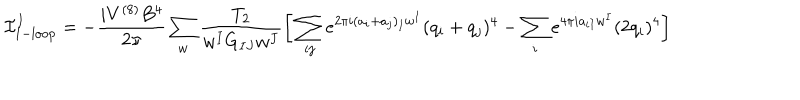
LaTeX: { \cal I } _ { \mathrm { 1 - l o o p } } ^ { I } = - \frac { i V ^ { ( 8 ) } B ^ { 4 } } { 2 \pi } \sum _ { w } \frac { T _ { 2 } } { w ^ { I } G _ { I J } w ^ { J } } \bigg [ \sum _ { i j } e ^ { 2 \pi i ( a _ { i } + a _ { j } ) _ { I } w ^ { I } } ( q _ { i } + q _ { j } ) ^ { 4 } - \sum _ { i } e ^ { 4 \pi i a _ { i I } w ^ { I } } ( 2 q _ { i } ) ^ { 4 } \bigg ]